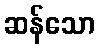
ဆန်သော